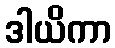
ဒါယိကာ